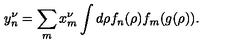
y _ { n } ^ { \nu } = \sum _ { m } x _ { m } ^ { \nu } \int d \rho f _ { n } ( \rho ) f _ { m } ( g ( \rho ) ) .